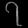
Digit: ၇